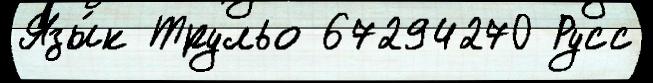
Язы́к Трульо 67294270 Русс